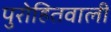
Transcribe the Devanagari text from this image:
पुरोहितवाली